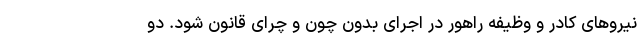
نیروهای کادر و وظیفه راهور در اجرای بدون چون و چرای قانون شود. دو